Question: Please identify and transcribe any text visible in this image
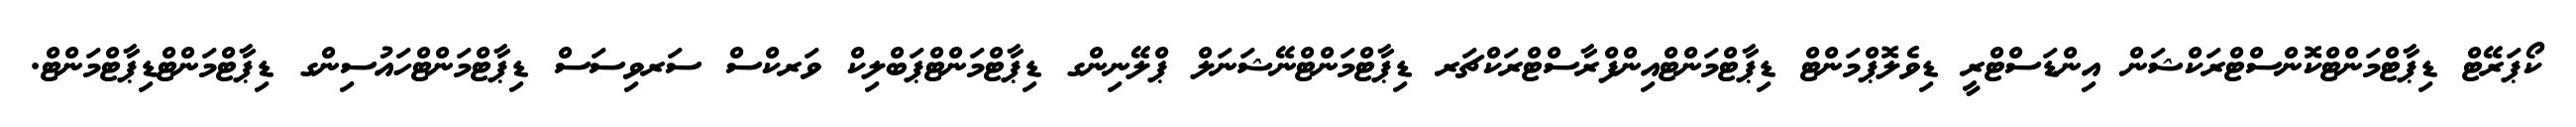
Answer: ކޯޕަރޭޓް ޑިޕާޓްމަންޓްކޮންސްޓްރަކްޝަން އިންޑަސްޓްރީ ޑިވެލޮޕްމަންޓް ޑިޕާޓްމަންޓްއިންފްރާސްޓްރަކްޗަރ ޑިޕާޓްމަންޓްނޭޝަނަލް ޕްލޭނިންގ ޑިޕާޓްމަންޓްޕަބްލިކް ވަރކްސް ސަރވިސަސް ޑިޕާޓްމަންޓްހައުސިންގ ޑިޕާޓްމަންޓްޑިޕާޓްމަންޓް.